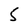
Character: 5